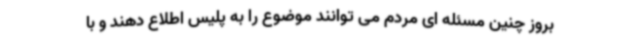
بروز چنین مسئله ای مردم می توانند موضوع را به پلیس اطلاع دهند و با